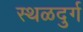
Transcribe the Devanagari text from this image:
स्थळदुर्ग